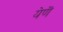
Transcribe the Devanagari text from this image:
येणॆ